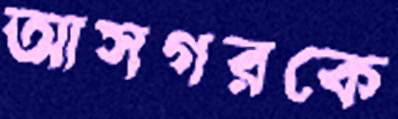
আসগরকে